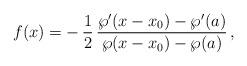
LaTeX: \begin{align*}f(x)=-\,\frac{1}{2}\, {\wp'(x-x_0)-\wp'(a)\over \wp(x-x_0)-\wp(a)}\, ,\end{align*}